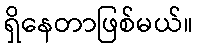
ရှိနေတာဖြစ်မယ်။